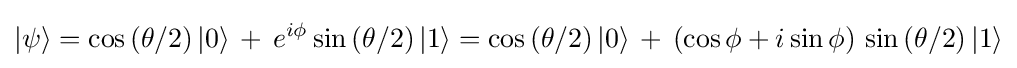
|\psi \rangle =\cos \left(\theta /2\right)|0\rangle \,+\,e^{i\phi }\sin \left(\theta /2\right)|1\rangle =\cos \left(\theta /2\right)|0\rangle \,+\,(\cos \phi +i\sin \phi )\,\sin \left(\theta /2\right)|1\rangle